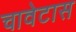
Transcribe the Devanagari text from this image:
चावेटास